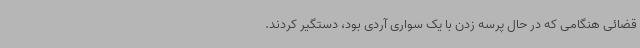
قضائی هنگامی که در حال پرسه زدن با یک سواری آردی بود، دستگیر کردند.